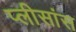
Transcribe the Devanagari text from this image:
प्लीसांस